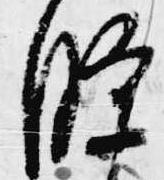
条